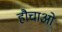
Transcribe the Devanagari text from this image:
हौचाओ